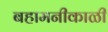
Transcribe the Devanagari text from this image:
बहामनीकाळी